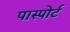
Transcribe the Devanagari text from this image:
पास्पोर्ट